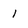
Character: l